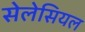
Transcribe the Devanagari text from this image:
सेलेसियल